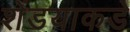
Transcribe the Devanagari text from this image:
शेंडयाकडे